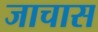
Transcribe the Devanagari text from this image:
जाचास